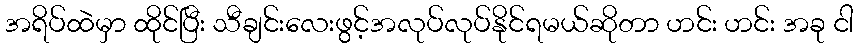
အရိပ်ထဲမှာ ထိုင်ပြီး သီချင်းလေးဖွင့်အလုပ်လုပ်နိုင်ရမယ်ဆိုတာ ဟင်း ဟင်း အခု ငါ